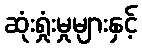
ဆုံးရှုံးမှုများနှင့်